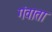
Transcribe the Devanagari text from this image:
गंवाता